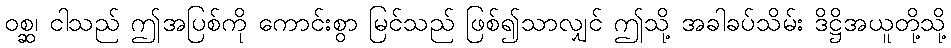
ဝစ္ဆ၊ ငါသည် ဤအပြစ်ကို ကောင်းစွာ မြင်သည် ဖြစ်၍သာလျှင် ဤသို့ အခါခပ်သိမ်း ဒိဋ္ဌိအယူတို့သို့